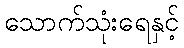
သောက်သုံးရေနှင့်